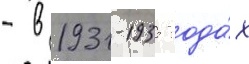
- в 1931-1935 года́х